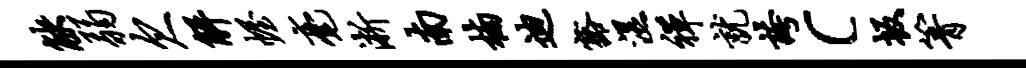
觖弱欠解幄毫淅南楠迪豁湿禅就夸c坂箐